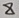
Text: 8